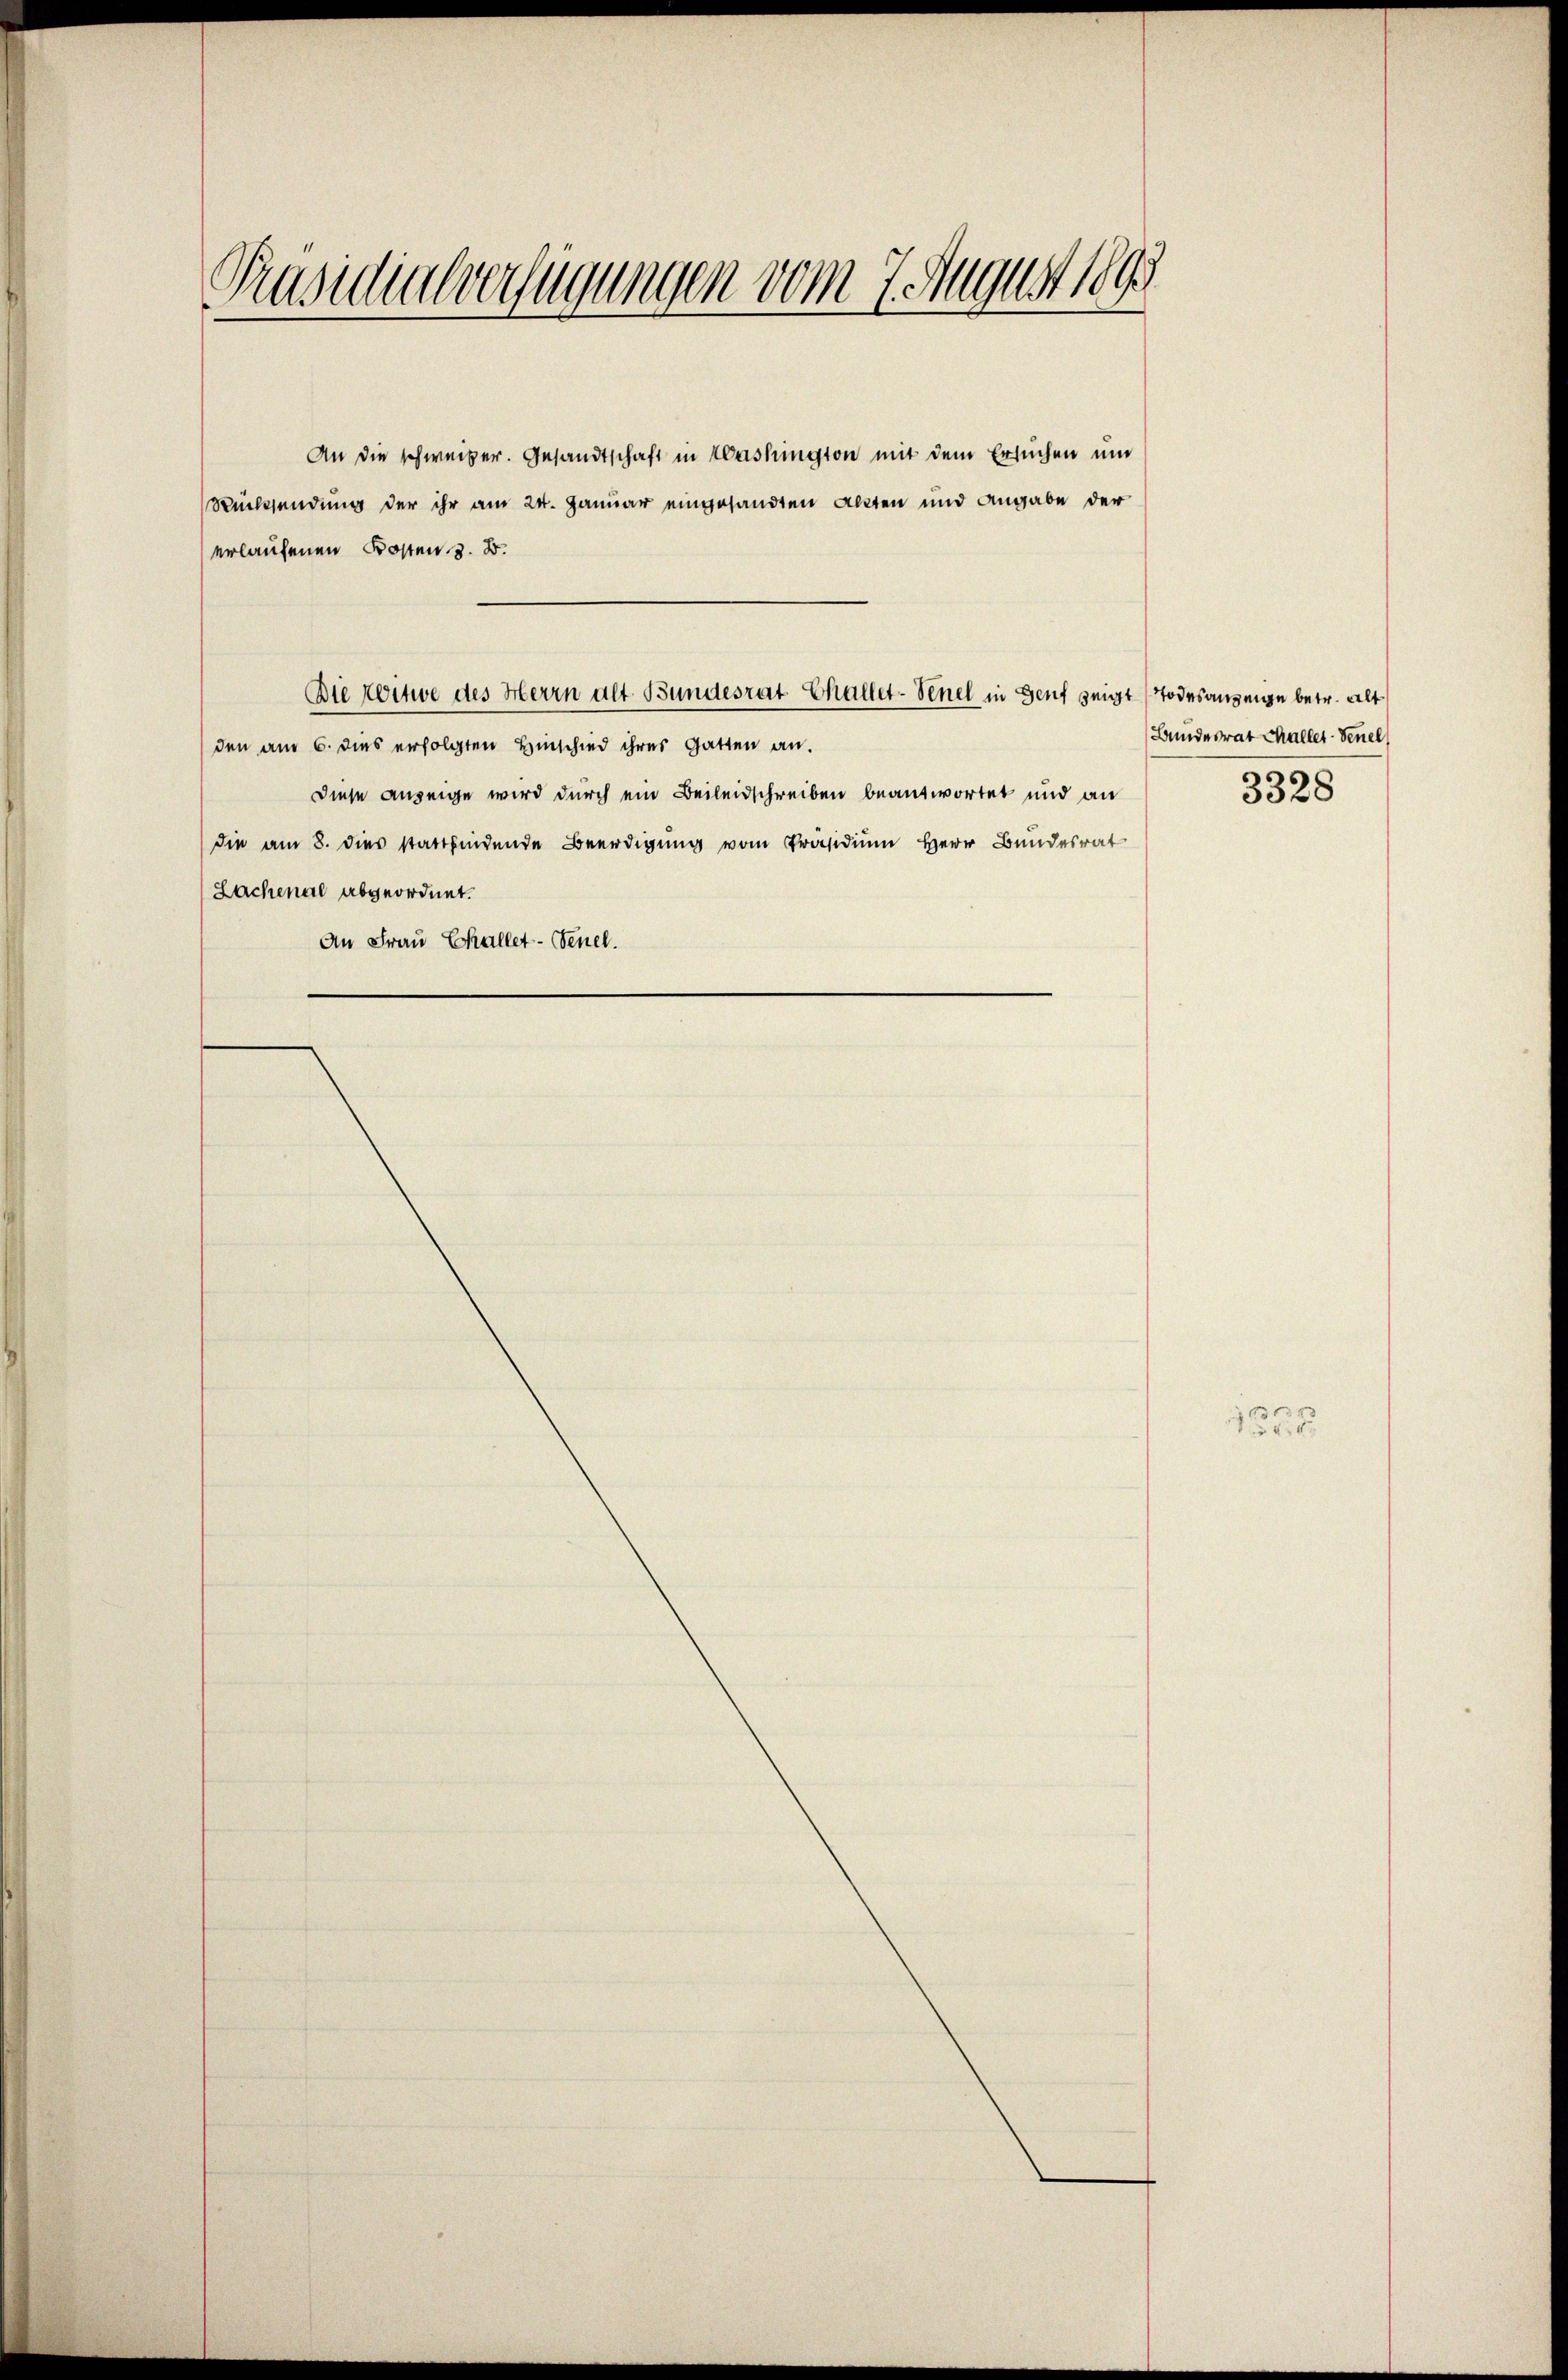
Präsidialverfügungen vom 7. August 189

An die schweiber. Gesandtschaft in Washington mit dem Ersuchen und
Rücksendung der ihr am 24. Januar eingesandten Alten und Angabe der
erlaufenen Kosten z. B.

den am 6. dies erfolgten Hinschied ihres Gatten an.
Diese Anzeige wird durch ein Beileidschreiben beantwortet und an
die am 8. dies stattfindende Beerdigŭng vom Präsidium Herr Bundesrat
Lachenal abgeordnet.
An Frau Challet-Senel.

Die Witwe des Herrn alt. Bundesrat Challet-Venel in Genf zeigt Todesanzenge betr. alt

Bundesrat Challer-Senel
3328

1225